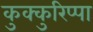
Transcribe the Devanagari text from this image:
कुक्कुरिप्पा